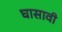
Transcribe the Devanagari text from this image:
घासावी